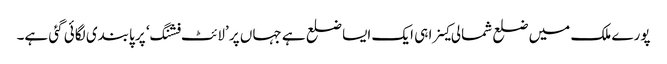
پورے ملک میں ضلع شمالی کینرا ہی ایک ایسا ضلع ہے جہاں پر ’لائٹ فشنگ‘ پر پابندی لگائی گئی ہے۔